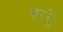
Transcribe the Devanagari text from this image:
सरट्रे